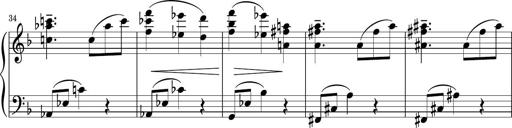
Title: Sonatina PandemÃ³nium
Composer: VÃ­ctor Carbajo
Key: C major